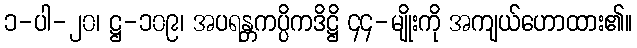
၁-ပါ-၂၀၊ ဋ္ဌ-၁၀၉၊ အပရန္တကပ္ပိကဒိဋ္ဌိ ၄၄-မျိုးကို အကျယ်ဟောထား၏။